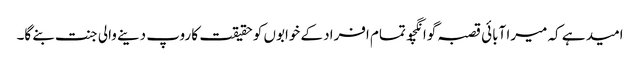
امید ہے کہ میرا آبائی قصبہ گوانگچو تمام افراد کے خوابوں کو حقیقت کا روپ دینے والی جنت بنے گا۔